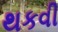
થકવી